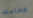
فخامته